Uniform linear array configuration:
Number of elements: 16
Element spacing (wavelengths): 0.75
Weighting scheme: cosine
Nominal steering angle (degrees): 0
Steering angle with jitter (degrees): -0.5594
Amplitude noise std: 0.05
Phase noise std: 0.05

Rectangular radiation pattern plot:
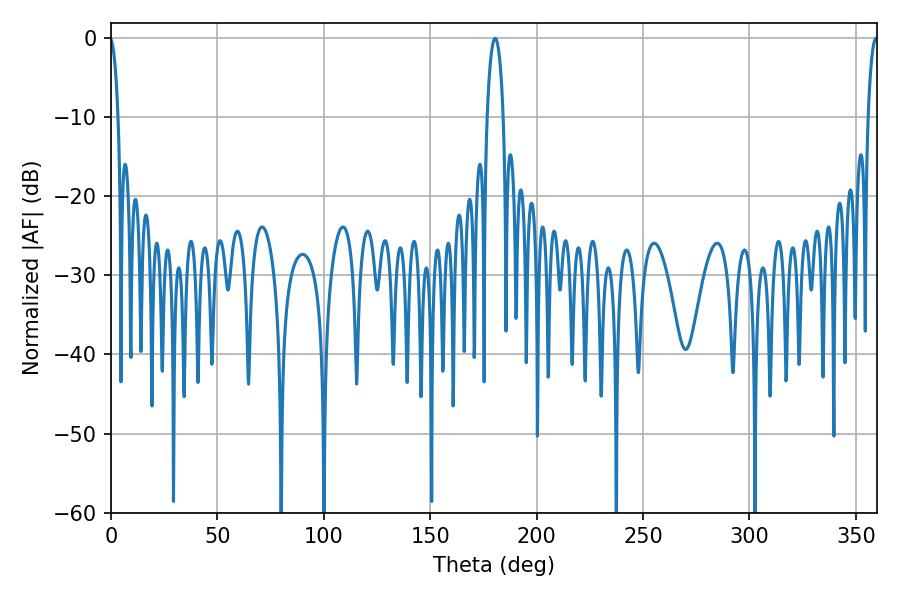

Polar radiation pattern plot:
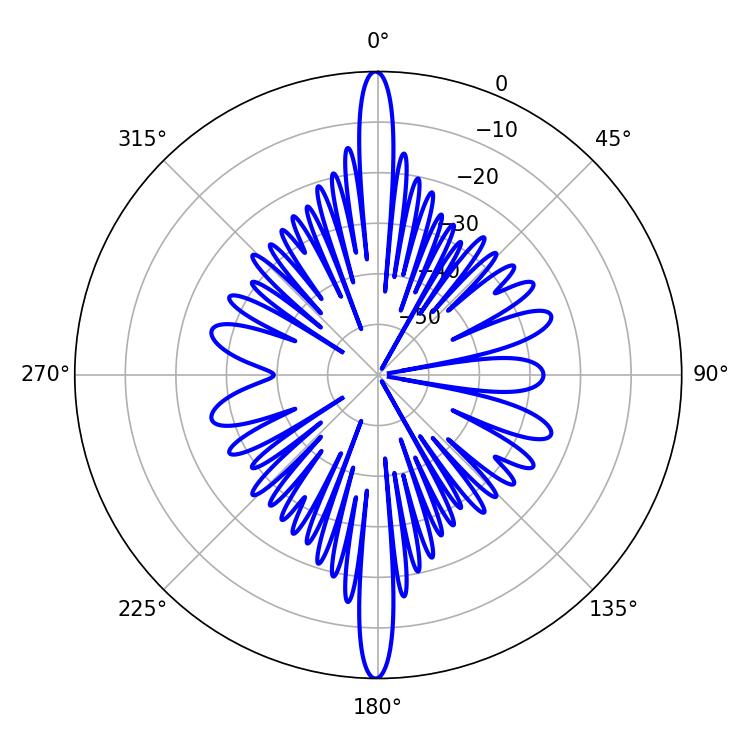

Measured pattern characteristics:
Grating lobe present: TRUE
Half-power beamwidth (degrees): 2.7
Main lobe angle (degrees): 359.46